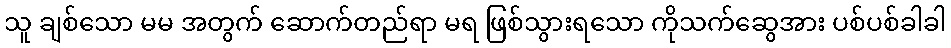
သူ ချစ်သော မမ အတွက် ဆောက်တည်ရာ မရ ဖြစ်သွားရသော ကိုသက်ဆွေအား ပစ်ပစ်ခါခါ